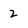
Character: 2